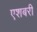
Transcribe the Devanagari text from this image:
एशबरी